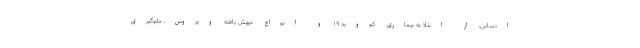
انسانی، از ابتلا به بیماری کووید ۱۹ و انواع جهش یافته ویروس، جلوگیری